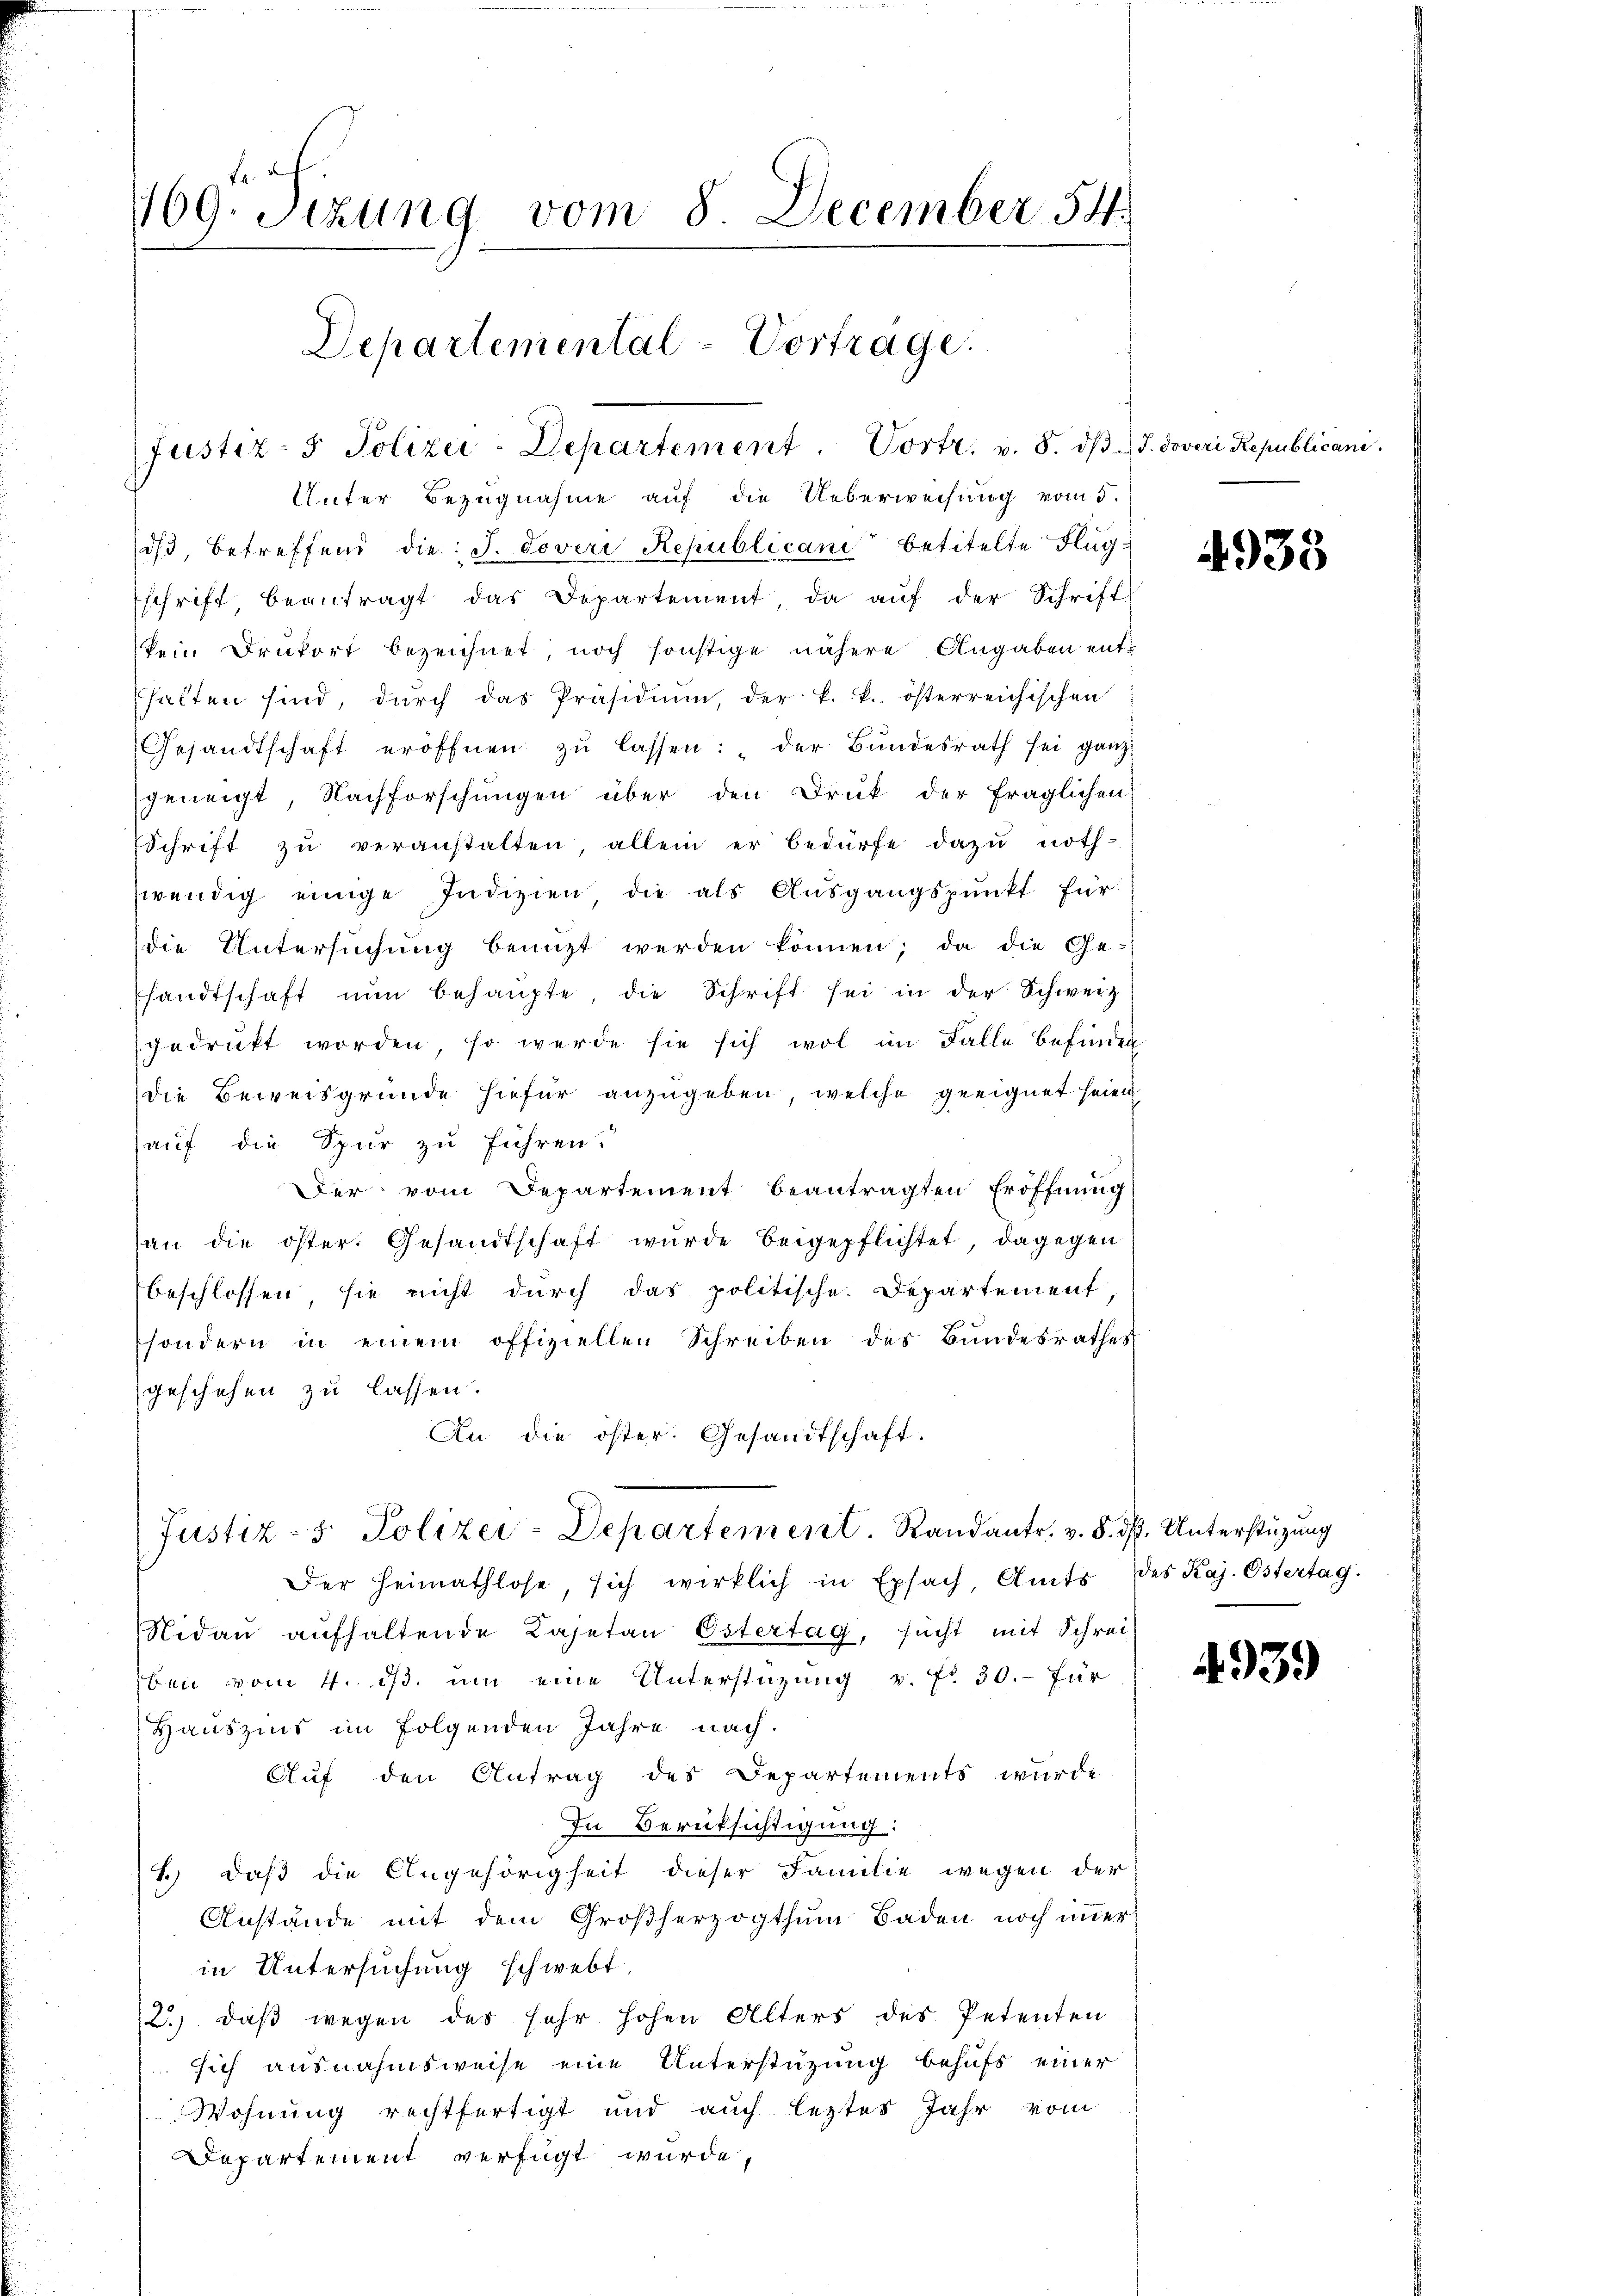
169. Sizung vom 8. December 54.
Departemental-Vortrage.

Justiz- & Polizei-Departement. Vortr. v. 8. dβ J. doveri Republicani.

Unter Bezugnahme auf die Ueberweisung vom 5.
dβ, betreffend die J. Tovere Republicani betitelte Flugschrift beantragt das Departement da aŭf der Schrift
kein Drukort bezeichnet, noch sonstige nähere Angaben enthalten sind, dŭrch das Präsidium, der k. k. österreichischen
Gesandtschaft eröffnen zŭ lassen: der Bundesrath sei ganz
geneigt, Nachforschungen über den Druk der fraglichen
Schrift zŭ veranstalten, allein er bedürfe dazu noth-
wendig einige Indizien, die als Ausgangspunkt für
die Untersŭchŭng benützt werden können; da die Ge-
sandtschaft nŭn behaŭpte, die Schrift sei in der Schweiz
gedruckt worden, so werde sie sich wol im Falle befinden
die Beweisgründe hiefür anzugeben, welche geeignet seien
auf die Spur zu führen.
Der vom Departement beantragten Eröffnung
an die öster. Gesandtschaft wurde beigepflichtet, dagegen
beschlossen sie nicht durch das politische Departement,
sondern in einem offiziellen Schreiben des Bundesrathes
geschehen zu lassen.
An die öster. Gesandtschaft.
Justiz- & Polizei-Departement. Randantr. v. 8. d. Unterstüzung
Der Heimathlose sich wirklich in Exfach, Amts des Kaj. Östertag.
Nidau aufhaltende Cajetan Östertag, sucht mit Schrei-
ben vom 4. ds. um eine Unterstüzung v. f. 30. für
Hauszins im folgenden Jahre nach.
Auf den Antrag des Departements wurde
In Berücksichtigung:
.) daß die Angehörigheit dieser Familie wegen der
Anstände mit dem Großherzogthum Baden noch immer
in Untersuchung schwebt,
2) daß wegen des sehr hohen Alters des Petenten
sich ausnahmsweise eine Unterstützung behufs einer
Wohnung rechtfertigt und auch leztes Jahr vom
Departement verfügt wurde,

4938

4939